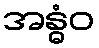
အန္ဓံဝ